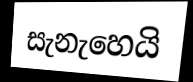
සැනැහෙයි